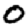
Digit: 0